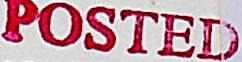
POSTED